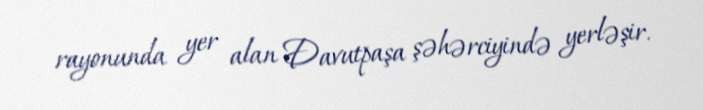
rayonunda yer alan Davutpaşa şəhərciyində yerləşir.